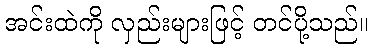
အင်းထဲကို လှည်းများဖြင့် တင်ပို့သည်။